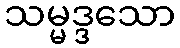
သမ္မဒ္ဒသော